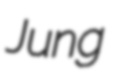
Jung